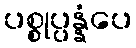
ပစ္စုပ္ပန္နံပေ